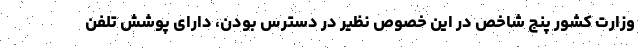
وزارت کشور پنج شاخص در این خصوص نظیر در دسترس بودن، دارای پوشش تلفن